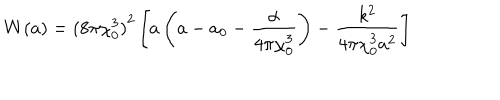
W ( a ) = { ( 8 \pi \chi _ { 0 } ^ { 3 } ) } ^ { 2 } \left[ a \left( a - a _ { 0 } - \frac { \alpha } { 4 \pi \chi _ { 0 } ^ { 3 } } \right) - \frac { k ^ { 2 } } { 4 \pi \chi _ { 0 } ^ { 3 } a ^ { 2 } } \right]